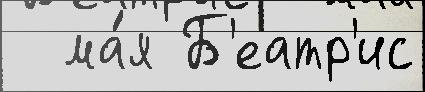
  ма́я Б'еатр'ис